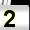
Digit: 2